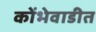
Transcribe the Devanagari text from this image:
कोंभेवाडीत